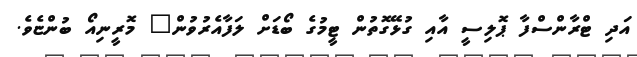
އަދި ޓްރާންސްފާ ޕޮލިސީ އާއި ގުޅޭގޮތުން ޓީމުގެ ބޯޑަށް ލަފާއެރުވުން" މޮރީނިއޯ ބުންޏެވެ.